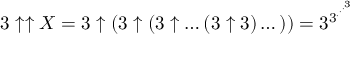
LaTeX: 3 \uparrow \uparrow X = 3 \uparrow ( 3 \uparrow ( 3 \uparrow \dots ( 3 \uparrow 3 ) \dots ) ) = 3 ^ { 3 ^ { \cdot ^ { \cdot ^ { \cdot ^ { 3 } } } } }